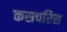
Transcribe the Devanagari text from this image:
कसपरिस